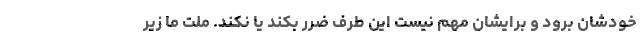
خودشان برود و برایشان مهم نیست این طرف ضرر بکند یا نکند. ملت ما زیر